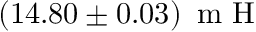
( 1 4 . 8 0 \pm 0 . 0 3 ) \, \textrm { m H }